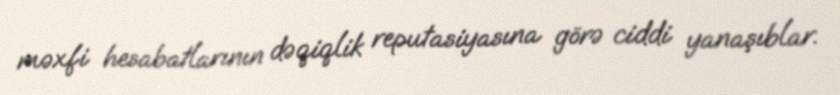
məxfi hesabatlarının dəqiqlik reputasiyasına görə ciddi yanaşıblar.